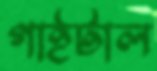
গাইটাল